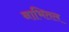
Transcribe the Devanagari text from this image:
नाभितल